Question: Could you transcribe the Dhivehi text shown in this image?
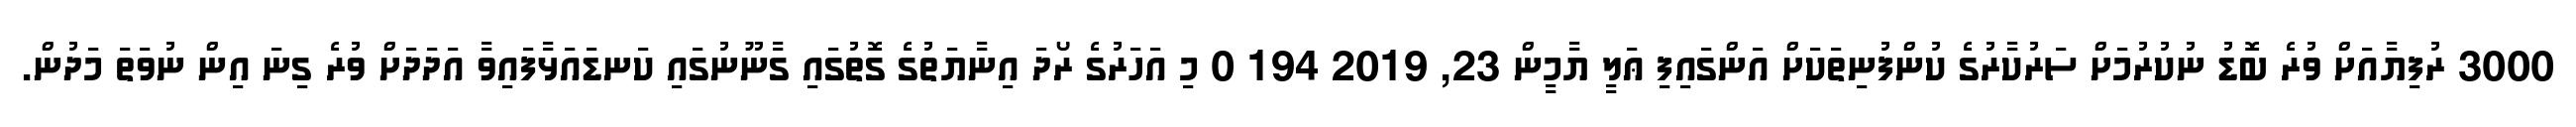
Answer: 3000 ރުފިޔާއަށް ވުރެ ބޮޑު ނުކުރުމަށް ސަރުކާރުގެ ކުންފުނިތަކަށް އަންގައިފި ޢަލީ ޔާމީން 23, 2019 194 0 މި އަހަރުގެ ރޯދަ އިނާޔަތުގެ ގޮތުގައި ގާނޫނުގައި ކަނޑައަޅާފައިވާ އަދަދަށް ވުރެ ގިނަ އިން ނުވަތަ މަދުން.